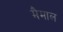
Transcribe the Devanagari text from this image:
मैमाल